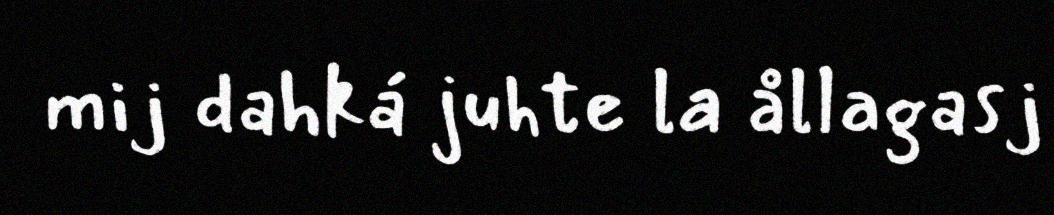
mij dahká juhte la ållagasj